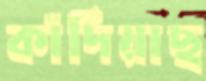
কাঁদিয়াছ